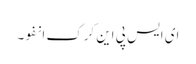
ای ایس پی این کرک انفو۔